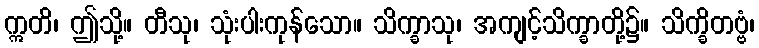
ဣတိ၊ ဤသို့။ တီသု၊ သုံးပါးကုန်သော။ သိက္ခာသု၊ အကျင့်သိက္ခာတို့၌။ သိက္ခိတဗ္ဗံ၊